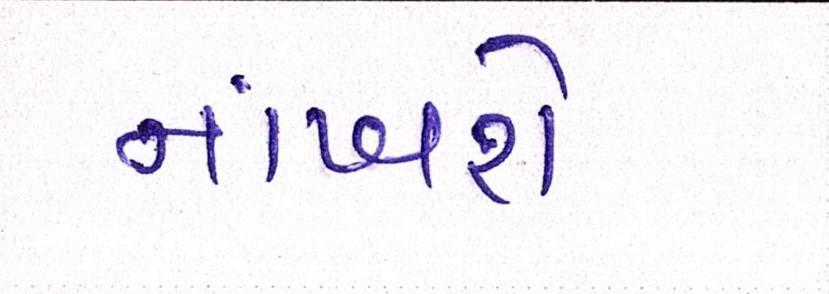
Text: નાંખશે